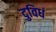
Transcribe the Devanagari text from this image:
दुविधं